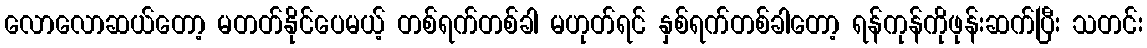
လောလောဆယ်တော့ မတတ်နိုင်ပေမယ့် တစ်ရက်တစ်ခါ မဟုတ်ရင် နှစ်ရက်တစ်ခါတော့ ရန်ကုန်ကိုဖုန်းဆက်ပြီး သတင်း